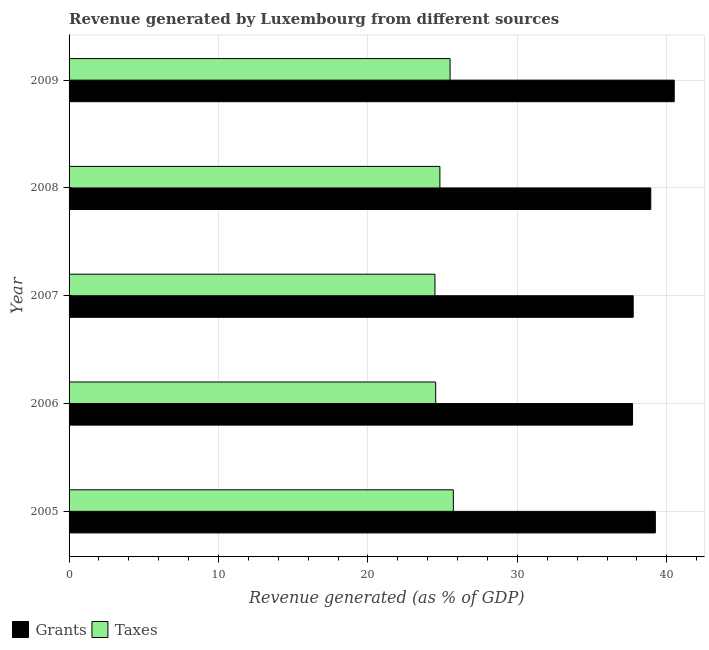
| Year | Grants | Taxes |
 | --- | --- | --- |
 | 2005 | 39.2 | 25.7 |
 | 2006 | 37.7 | 24.5 |
 | 2007 | 37.7 | 24.5 |
 | 2008 | 38.9 | 24.8 |
 | 2009 | 40.5 | 25.5 |